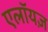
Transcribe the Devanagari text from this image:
एलॉयज़